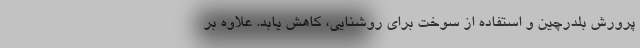
پرورش بلدرچین و استفاده از سوخت برای روشنایی، کاهش یابد. علاوه بر